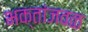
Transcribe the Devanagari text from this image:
भक्तांजवळ